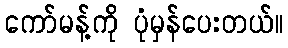
ကော်မန့်ကို ပုံမှန်ပေးတယ်။